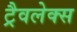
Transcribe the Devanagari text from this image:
ट्रैवलेक्स